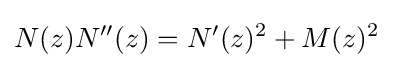
N(z)N''(z)=N'(z)^{2}+M(z)^{2}